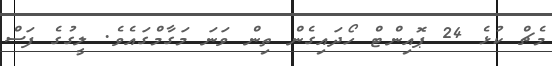
މެޗް ކުޅެ 24 ޕޮއިންޓް ހޯދައިގެން ތިން ވަނަ މަގާމްގައެވެ. ލީގުގެ ފަސް